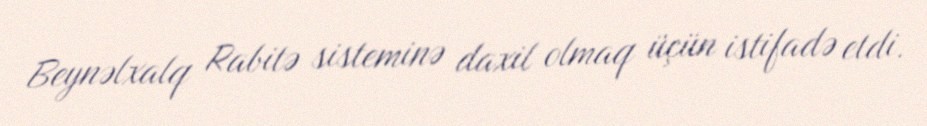
Beynəlxalq Rabitə sisteminə daxil olmaq üçün istifadə etdi.